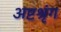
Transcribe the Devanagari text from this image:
अष्टश्रृंग